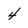
Character: 4